Report on sanitation, dispensaries, and jails in Rajputana for 1910, and on vaccination for the year 1910-1911 - 1910-1911
Year: 1910
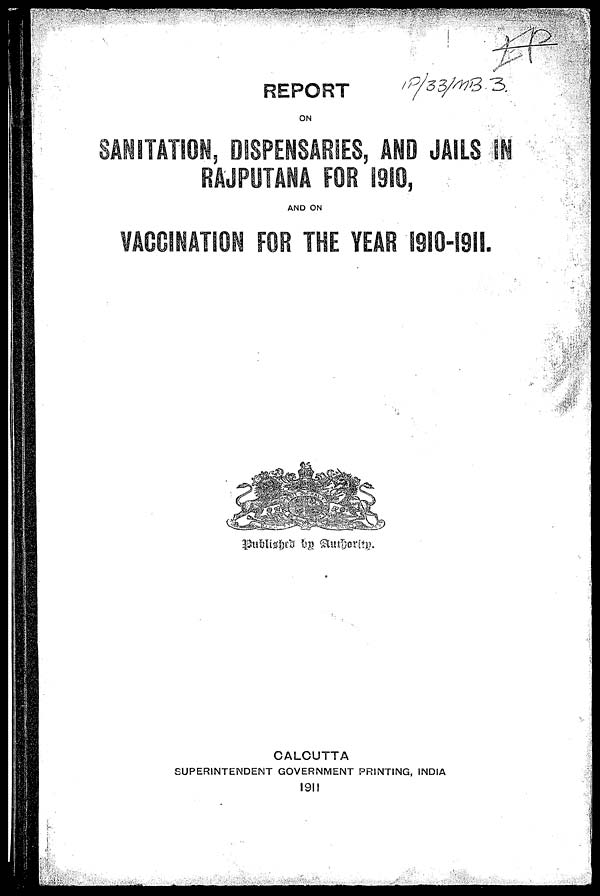
REPORT
ON
SANITATION, DISPENSARIES, AND JAILS IN
RAJPUTANA FOR 1910,
AND ON
VACCINATION FOR THE YEAR 1910-1911.
Published by Authority.
CALCUTTA
SUPERINTENDENT GOVERNMENT PRINTING, INDIA
1911